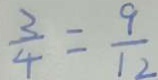
\frac { 3 } { 4 } = \frac { 9 } { 1 2 }